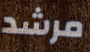
مرشد